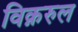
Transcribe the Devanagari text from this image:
विक़रुल